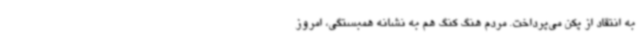
به انتقاد از پکن می‌پرداخت. مردم هنگ کنگ هم به نشانه همبستگی، امروز